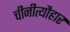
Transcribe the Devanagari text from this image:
चीनीत्यौहार